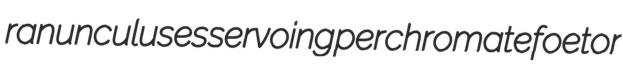
ranunculuses servoing perchromate foetor